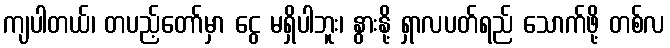
ကျပါတယ်၊ တပည့်တော်မှာ ငွေ မရှိပါဘူး၊ နွားနို့ ရှာလပတ်ရည် သောက်ဖို့ တစ်လ